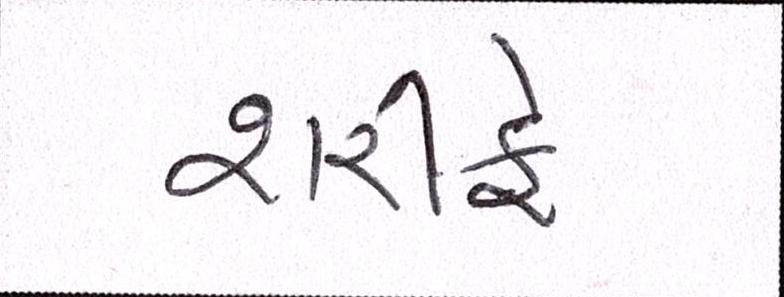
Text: શરીફે